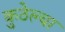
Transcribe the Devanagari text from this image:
कुठेल्या